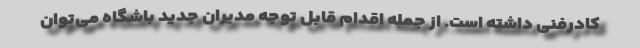
کادرفنی داشته است. از جمله اقدام قابل توجه مدیران جدید باشگاه می‌توان